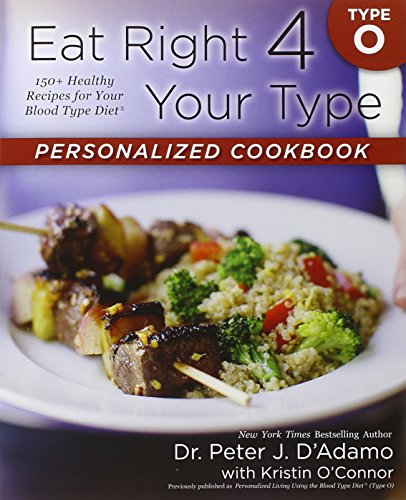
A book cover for Eat Right 4 Your Type Personalized Cookbook Type O: 150+ Healthy Recipes For Your Blood Type Diet; Dr. Peter J. D'Adamo; Health, Fitness & Dieting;